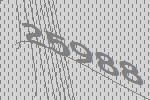
25988